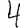
Digit: 4